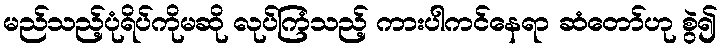
မည်သည့်ပုံရိပ်ကိုမဆို လုပ်ကြံသည့် ကားပါကင်နေရာ ဆံတော်ဟု စွဲ၍